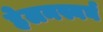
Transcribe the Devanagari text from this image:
हेलनस्बर्घ